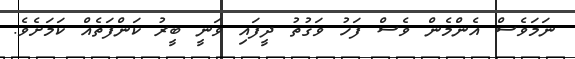
ނަމަވެސް އެންމެން ވެސް ފަހު ވަގުތު ދީފައި ވަނީ ބީރު ކަންފަތެއް ކަމަށެވެ.